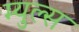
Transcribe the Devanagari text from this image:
म्युल्स